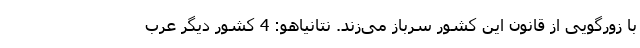
با زورگویی از قانون این کشور سرباز می‌زند. نتانیاهو: 4 کشور دیگر عرب